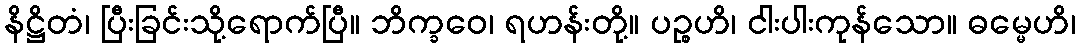
နိဋ္ဌိတံ၊ ပြီးခြင်းသို့ရောက်ပြီ။ ဘိက္ခဝေ၊ ရဟန်းတို့။ ပဉ္စဟိ၊ ငါးပါးကုန်သော။ ဓမ္မေဟိ၊